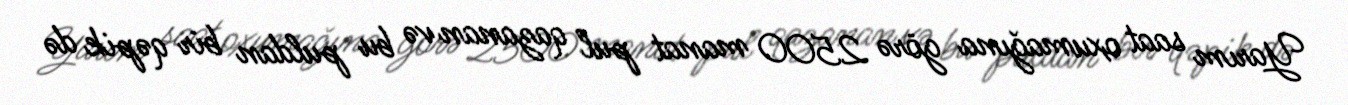
Yarım saat oxumağına görə 2500 manat pul qazanan və bu puldan bir qəpik də